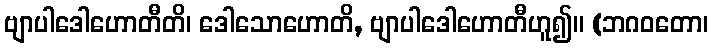
ဗျာပါဒေါဟောတီတိ၊ ဒေါသောဟောတိ, ဗျာပါဒေါဟောတီဟူ၍။ (ဘဂဝတော၊